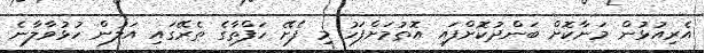
އެރިއުޅުން މަނާކޮށް ބަންދުކޮށްފައި އޮތުމަށްފަހު މި ފެށޭ ހަފްތާގެ ތެރޭގައި އަލުން ހުޅުވާލާނެ